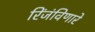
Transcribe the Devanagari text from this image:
रिंजंविणारे